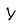
Character: y